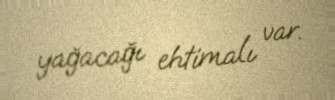
yağacağı ehtimalı var.